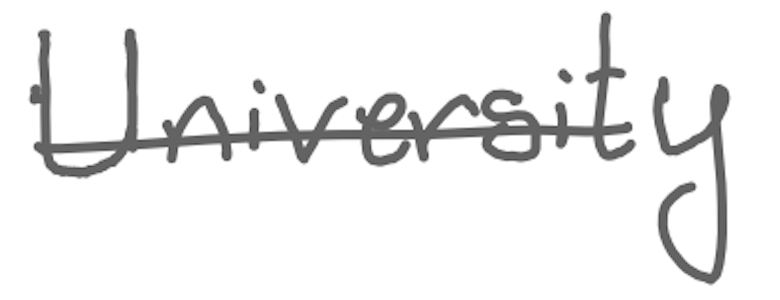
Text: University
Cross-out: single-line
Writing tool: digital_gray